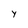
Character: y